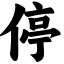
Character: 停